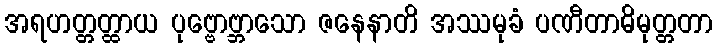
အရဟတ္တတ္ထာယ ပုဗ္ဗောဗ္ဘာသော ဇနေနာတိ အဿမုခံ ပဏီတာဓိမုတ္တတာ